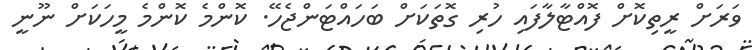
ވަރަށް ރީތިކޮށް ފޮއްޓާލާފައި ހުރި ގޮތަކަށް ބަހައްޓަންޖެހޭ. ކޮންމެ ކޮންމެ މީހަކަށް ނޫނީ